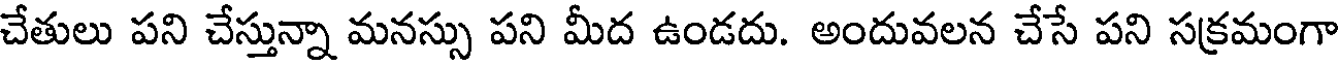
చేతులు పని చేస్తున్నా మనస్సు పని మీద ఉండదు. అందువలన చేసే పని సక్రమంగా